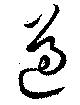
遵